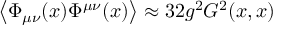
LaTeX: \left\langle \Phi _ { \mu \nu } ( x ) \Phi ^ { \mu \nu } ( x ) \right\rangle \approx 3 2 g ^ { 2 } { \cal G } ^ { 2 } ( x , x )